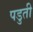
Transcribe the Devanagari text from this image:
पडुती